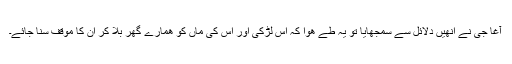
آغا جی نے انھیں دلائل سے سمجھایا تو یہ طے ھوا کہ اس لڑکی اور اس کی ماں کو ھمارے گھر بلا کر ان کا موقف سنا جائے۔